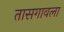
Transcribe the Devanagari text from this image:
तासगावला